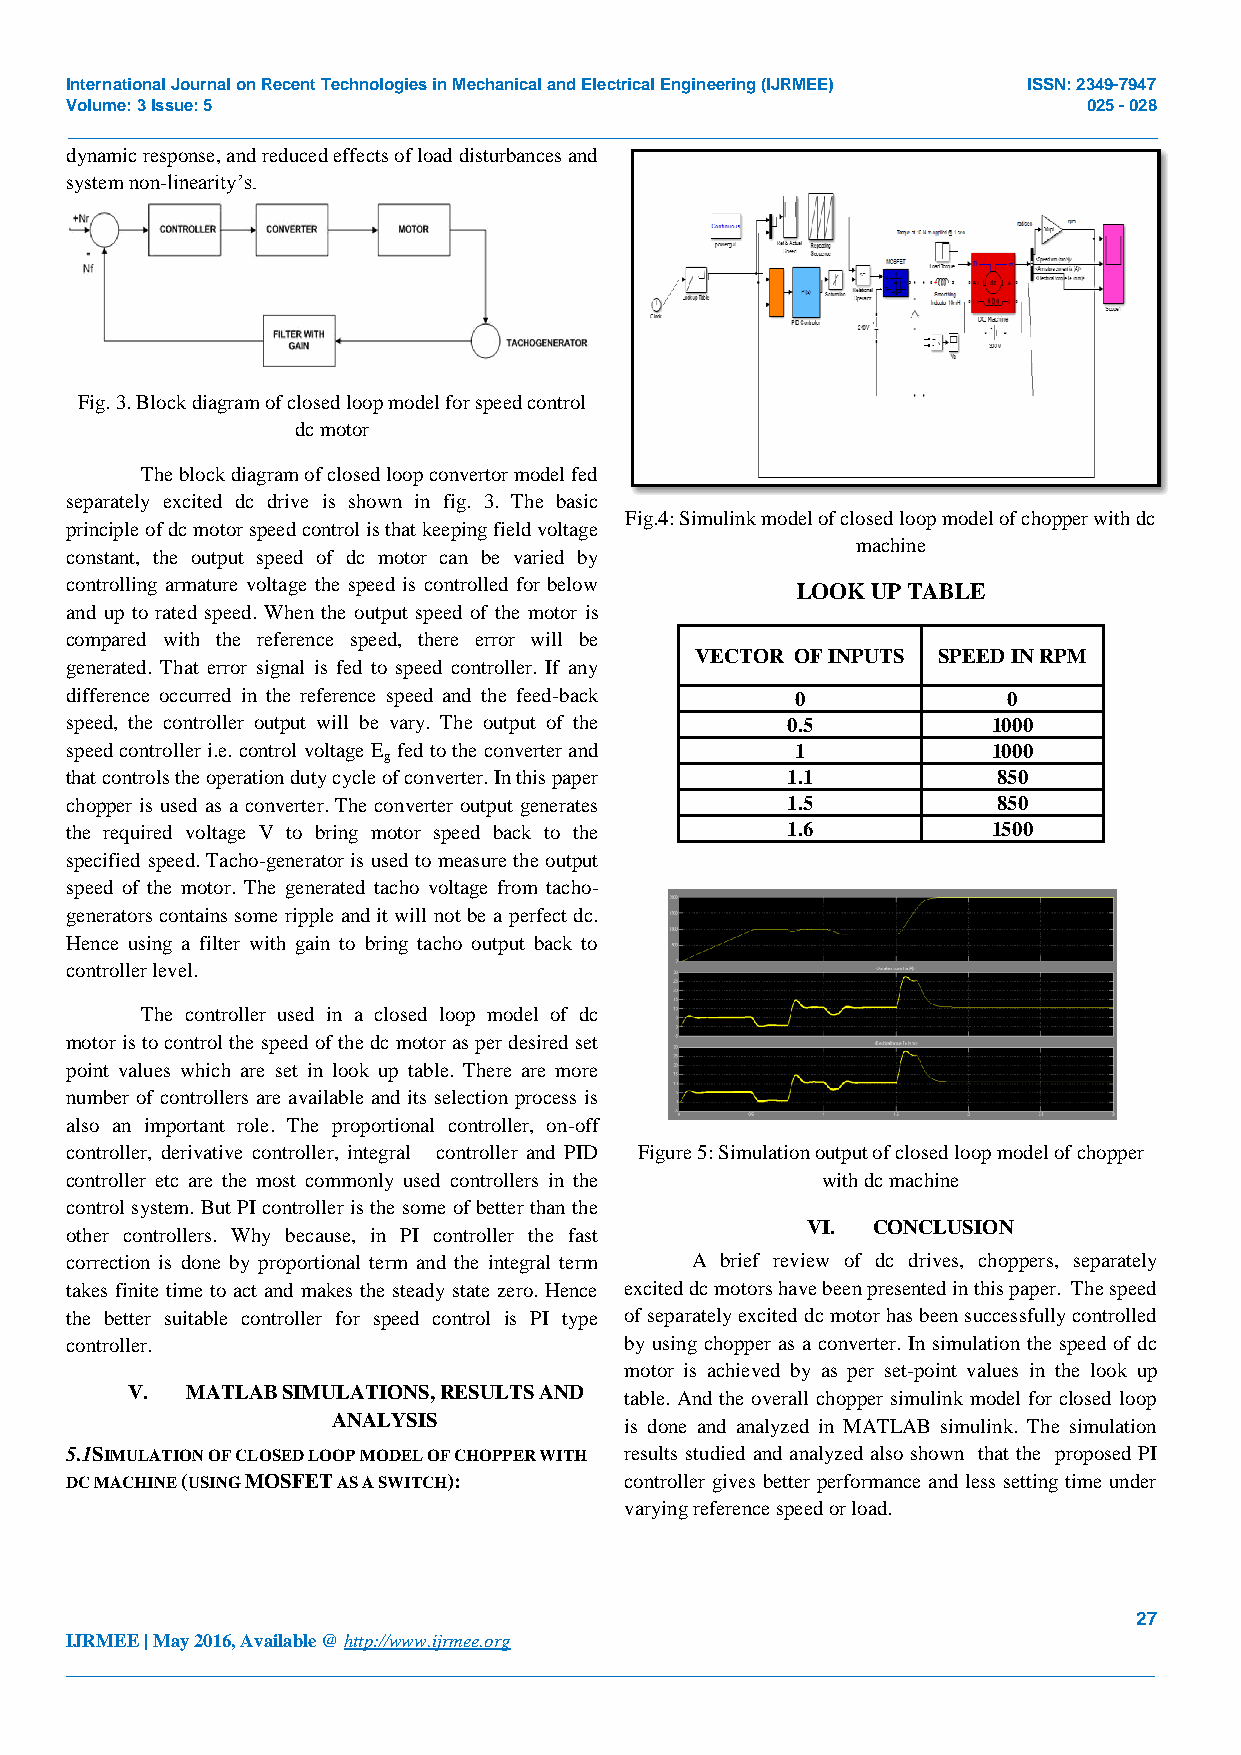
International Journal on Recent Technologies in Mechanical and Electrical Engineering (IJRMEE) ISSN: 2349-7947
 Volume: 3 Issue: 5                                                  025 - 028
 _______________________________________________________________________________________________
 dynamic response, and reduced effects of load disturbances and
 system non-linearity’s.
 Fig. 3. Block diagram of closed loop model for speed control
 dc motor
 The block diagram of closed loop convertor model fed
 separately excited dc drive is shown in fig. 3. The basic
 Fig.4: Simulink model of closed loop model of chopper with dc
 principle of dc motor speed control is that keeping field voltage
 machine
 constant, the output speed of dc motor can be varied by
 controlling armature voltage the speed is controlled for below LOOK UP TABLE
 and up to rated speed. When the output speed of the motor is
 compared with the reference speed, there error will be
 VECTOR OF INPUTS SPEED IN RPM
 generated. That error signal is fed to speed controller. If any
 difference occurred in the reference speed and the feed-back 0 0
 speed, the controller output will be vary. The output of the 0.5 1000
 speed controller i.e. control voltage E fed to the converter and 1 1000
 g
 that controls the operation duty cycle of converter. In this paper 1.1 850
 chopper is used as a converter. The converter output generates 1.5 850
 the required voltage V to bring motor speed back to the 1.6   1500
 specified speed. Tacho-generator is used to measure the output
 speed of the motor. The generated tacho voltage from tacho-
 generators contains some ripple and it will not be a perfect dc.
 Hence using a filter with gain to bring tacho output back to
 controller level.
 The controller used in a closed loop model of dc
 motor is to control the speed of the dc motor as per desired set
 point values which are set in look up table. There are more
 number of controllers are available and its selection process is
 also an important role. The proportional controller, on-off
 controller, derivative controller, integral controller and PID Figure 5: Simulation output of closed loop model of chopper
 controller etc are the most commonly used controllers in the with dc machine
 control system. But PI controller is the some of better than the
 VI.  CONCLUSION
 other controllers. Why because, in PI controller the fast
 correction is done by proportional term and the integral term A brief review of dc drives, choppers, separately
 takes finite time to act and makes the steady state zero. Hence excited dc motors have been presented in this paper. The speed
 the better suitable controller for speed control is PI type of separately excited dc motor has been successfully controlled
 controller.                          by using chopper as a converter. In simulation the speed of dc
 motor is achieved by as per set-point values in the look up
 V.  MATLAB SIMULATIONS, RESULTS AND table. And the overall chopper simulink model for closed loop
 ANALYSIS           is done and analyzed in MATLAB simulink. The simulation
 5.1SIMULATION OF CLOSED LOOP MODEL OF CHOPPER WITH results studied and analyzed also shown that the proposed PI
 DC MACHINE (USING MOSFET AS A SWITCH): controller gives better performance and less setting time under
 varying reference speed or load.
 27
 IJRMEE | May 2016, Available @ http://www.ijrmee.org
 _______________________________________________________________________________________